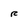
Character: R